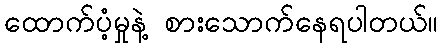
ထောက်ပံ့မှုနဲ့ စားသောက်နေရပါတယ်။